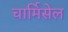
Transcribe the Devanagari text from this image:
चार्मिसेल